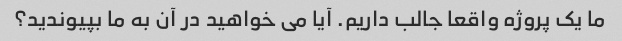
ما یک پروژه واقعا جالب داریم. آیا می خواهید در آن به ما بپیوندید؟